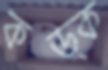
কড়্‌ক